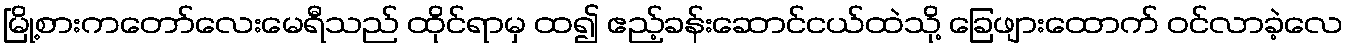
မြို့စားကတော်လေးမေရီသည် ထိုင်ရာမှ ထ၍ ဧည့်ခန်းဆောင်ငယ်ထဲသို့ ခြေဖျားထောက် ဝင်လာခဲ့လေ